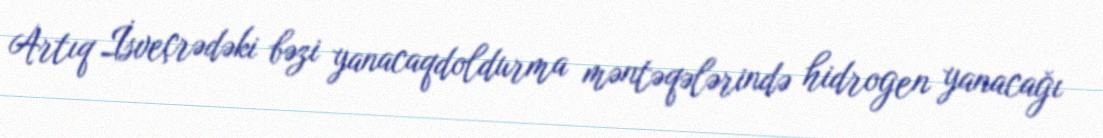
Artıq İsveçrədəki bəzi yanacaqdoldurma məntəqələrində hidrogen yanacağı